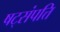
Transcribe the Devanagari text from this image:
षट्‌संपत्ति